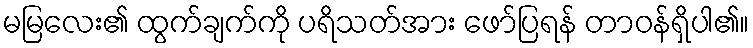
မမြလေး၏ ထွက်ချက်ကို ပရိသတ်အား ဖော်ပြရန် တာဝန်ရှိပါ၏။